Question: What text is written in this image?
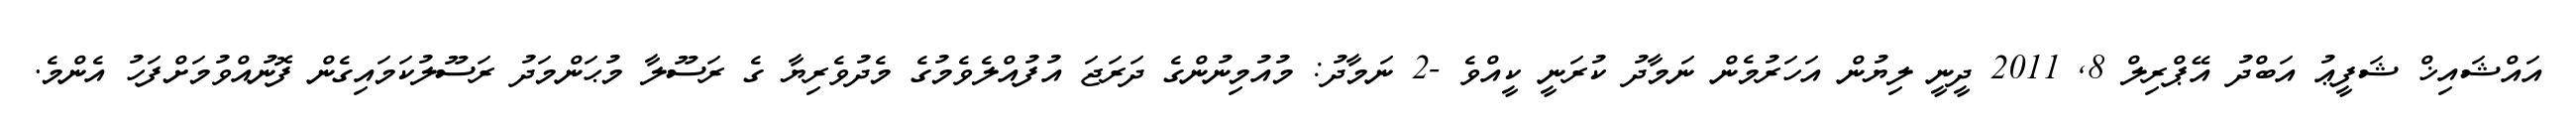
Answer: އައްޝައިޚް ޝަފީޢު އަބްދު އޭޕްރިލް 8, 2011 ދީނީ ލިޔުން އަހަރުމެން ނަމާދު ކުރަނީ ކީއްވެ -2 ނަމާދު: މުއުމިނުންގެ ދަރަޖަ އުފުއްލެވެމުގެ މެދުވެރިޔާ ގެ ރަސޫލާ މުޙަންމަދު ރަސޫލުކަމައިގެން ފޮނުއްވުމަށްފަހު އެންމެ.